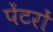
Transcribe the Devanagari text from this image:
पेंटरों